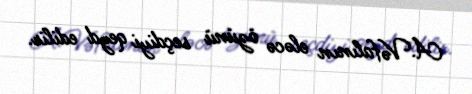
A.Vəfalının eləcə özünü seçdiyi qeyd edilir.